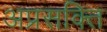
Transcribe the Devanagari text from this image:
अप्रसक्ति